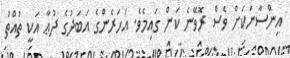
އިންސާނަކަށް ވެސް ރޮވޭނެ ކަން ގައިމެވެ. އަހަރެންގެ އަބަދުގެ ދުޢާ އަކީ ތުއްތު